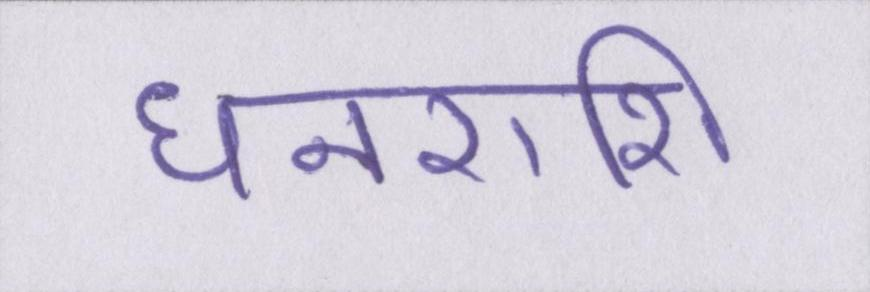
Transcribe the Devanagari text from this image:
धनराशि